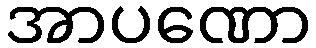
အာပဏော